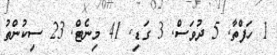
1 ހަފްތާ